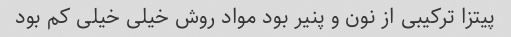
پیتزا ترکیبی از نون و پنیر بود مواد روش خیلی خیلی کم بود